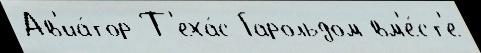
Ав'иа́тор Т'еха́с Гарольдом вм'е́ст'е